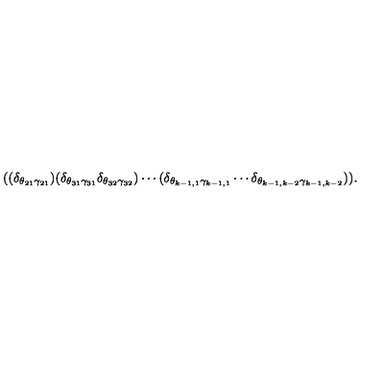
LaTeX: ( ( \delta _ { \theta _ { 2 1 } \gamma _ { 2 1 } } ) ( \delta _ { \theta _ { 3 1 } \gamma _ { 3 1 } } \delta _ { \theta _ { 3 2 } \gamma _ { 3 2 } } ) \cdots ( \delta _ { \theta _ { k - 1 , 1 } \gamma _ { k - 1 , 1 } } \cdots \delta _ { \theta _ { k - 1 , k - 2 } \gamma _ { k - 1 , k - 2 } } ) ) .